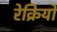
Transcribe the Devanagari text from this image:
रेक्रियो